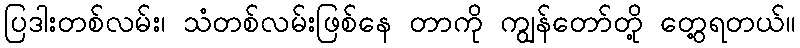
ပြဒါးတစ်လမ်း၊ သံတစ်လမ်းဖြစ်နေ တာကို ကျွန်တော်တို့ တွေ့ရတယ်။